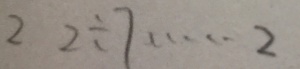
2 2 \div 7 \cdots 2